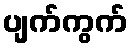
ပျက်ကွက်